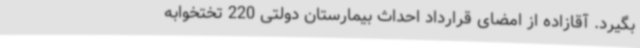
بگیرد. آقازاده از امضای قرارداد احداث بیمارستان دولتی 220 تختخوابه